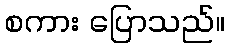
စကား ပြောသည်။